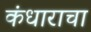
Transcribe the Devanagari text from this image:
कंधाराचा